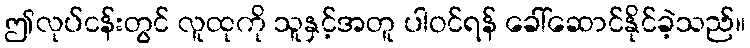
ဤလုပ်ငန်းတွင် လူထုကို သူနှင့်အတူ ပါဝင်ရန် ခေါ်ဆောင်နိုင်ခဲ့သည်။